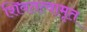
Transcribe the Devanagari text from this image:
शिवतत्वामृत